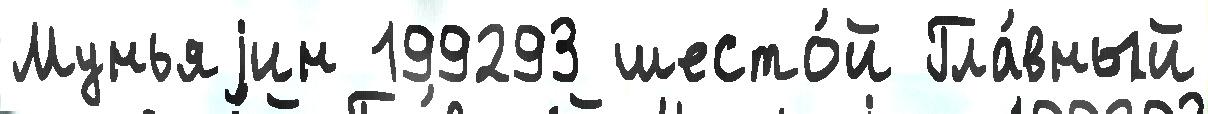
Муньяjин 199293 шесто́й Гла́вный